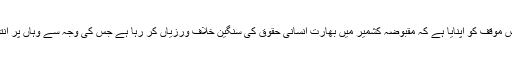
ایک تو پاکستان نے مسلسل اس موقف کو اپنایا ہے کہ مقبوضہ کشمیر میں بھارت انسانی حقوق کی سنگین خلاف ورزیاں کر رہا ہے جس کی وجہ سے وہاں پر انتفاضہ کی سی صورتحال ہے۔